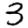
Digit: 3